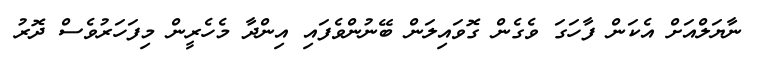
ނާޔަލްއަށް އެކަން ފާހަގަ ވެގެން ގޮވައިލަން ބޭނުންވެފައި އިންދާ މެހެރީން މިފަހަރުވެސް ދޮރު